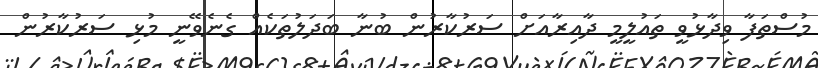
މުސްތަފާ ވިދާޅުވީ ތައުލީމީ ދާއިރާއަށް ސަރުކާރުން ބުނާ ބަދަލުތަކެއް ގެނެވޭނީ މުޅި ސަރުކާރުން